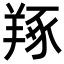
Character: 𦎜